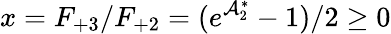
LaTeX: x=F_{+3}/F_{+2}=(e^{\mathcal{A}_{2}^{\ast}}-1)/2\ge 0